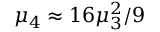
\mu _ { 4 } \approx 1 6 \mu _ { 3 } ^ { 2 } / 9